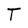
Character: T